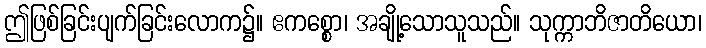
ဤဖြစ်ခြင်းပျက်ခြင်းလောက၌။ ဧကစ္စော၊ အချို့သောသူသည်။ သုက္ကာဘိဇာတိယော၊